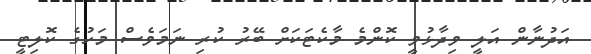
އަދުނާން އަލީ ވިދާޅުވީ ކޮންމެ މާކެޓަކަށް ބޭރު ކުރި ނަމަވެސް މަހުގެ ކޮލިޓީ